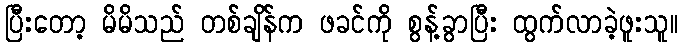
ပြီးတော့ မိမိသည် တစ်ချိန်က ဖခင်ကို စွန့်ခွာပြီး ထွက်လာခဲ့ဖူးသူ။